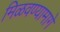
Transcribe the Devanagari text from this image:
मिळवण्यामागे